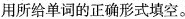
用所给单词的正确形式填空。